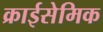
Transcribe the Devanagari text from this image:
क्राईसेमिक